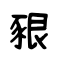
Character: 豤